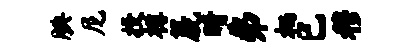
腆尼投樽篪睛弗栖已穆